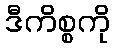
ဒီကိစ္စကို